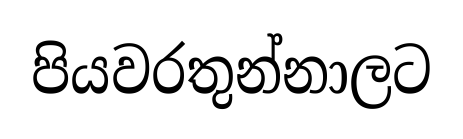
පියවරතුන්නාලට